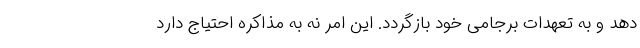
دهد و به تعهدات برجامی خود بازگردد. این امر نه به مذاکره احتیاج دارد